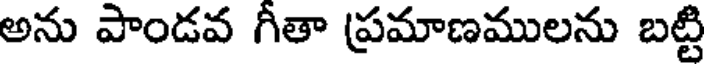
అను పాండవ గీతా ప్రమాణములను బట్టి